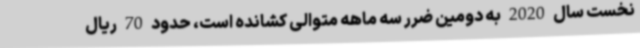
نخست سال 2020 به دومین ضرر سه ماهه متوالی کشانده است، حدود 70 ریال